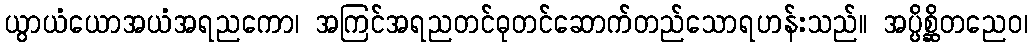
ယွာယံယောအယံအရညကော၊ အကြင်အရညတင်ဓုတင်ဆောက်တည်သောရဟန်းသည်။ အပ္ပိစ္ဆိတညေဝ၊